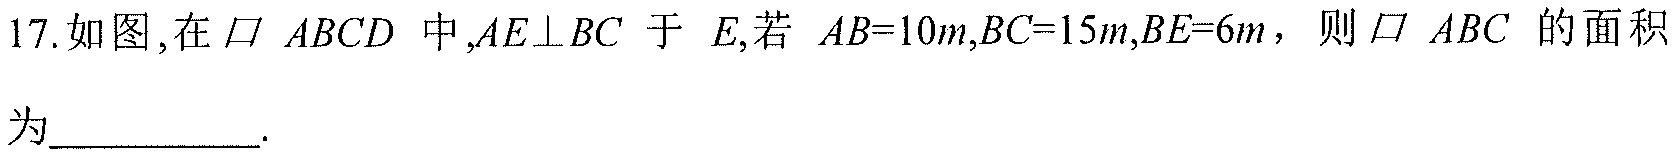
17. 如图,在$\parallelogram\ ABCD$中,$AE\perp BC$于$E$,若$AB = 10m,BC = 15m,BE = 6m$，则$\parallelogram\ ABC$的面积为__________.